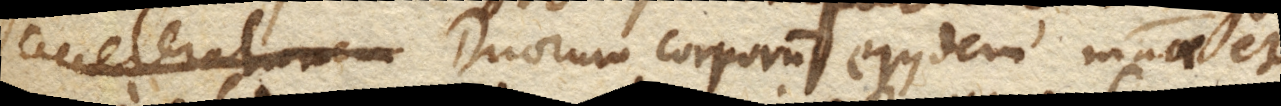
Accelerationem Duorum corporum ejusdem materiae et